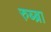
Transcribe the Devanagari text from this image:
रुब्ब्रा